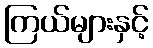
ကြယ်များနှင့်